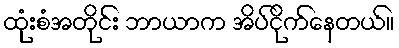
ထုံးစံအတိုင်း ဘာယာက အိပ်ငိုက်နေတယ်။